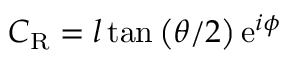
C _ { \mathrm { R } } = l \tan \left( \theta / 2 \right) \mathrm { e } ^ { i \phi }